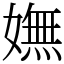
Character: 嫵